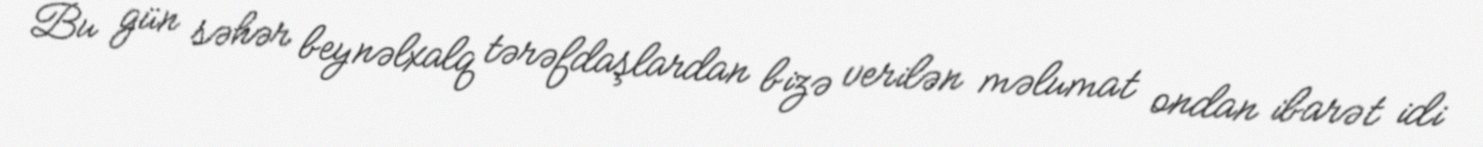
Bu gün səhər beynəlxalq tərəfdaşlardan bizə verilən məlumat ondan ibarət idi